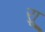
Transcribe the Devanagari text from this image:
र्‍ाू